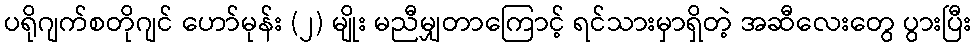
ပရိုဂျက်စတိုဂျင် ဟော်မုန်း (၂) မျိုး မညီမျှတာကြောင့် ရင်သားမှာရှိတဲ့ အဆီလေးတွေ ပွားပြီး